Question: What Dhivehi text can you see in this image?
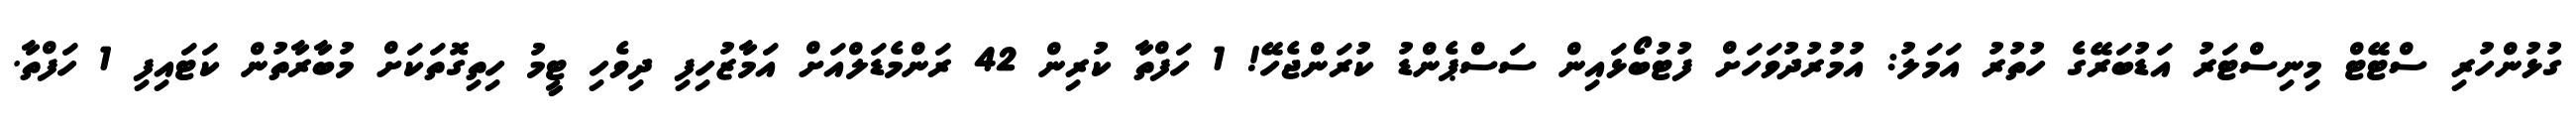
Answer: ގުޅުންހުރި ސްޓޭޓް މިނިސްޓަރު އަޑުބަރޭގެ ހުތުރު އަމަލު: އުމުރުދުވަހަށް ފުޓުބޯޅައިން ސަސްޕެންޑު ކުރަންޖެހޭ! 1 ހަފްތާ ކުރިން 42 ރަންމެޑަލްއަށް އަމާޒުހިފި ދިވެހި ޓީމު ހިތިގޮތަކަށް މުބާރާތުން ކަޓައިފި 1 ހަފްތާ.